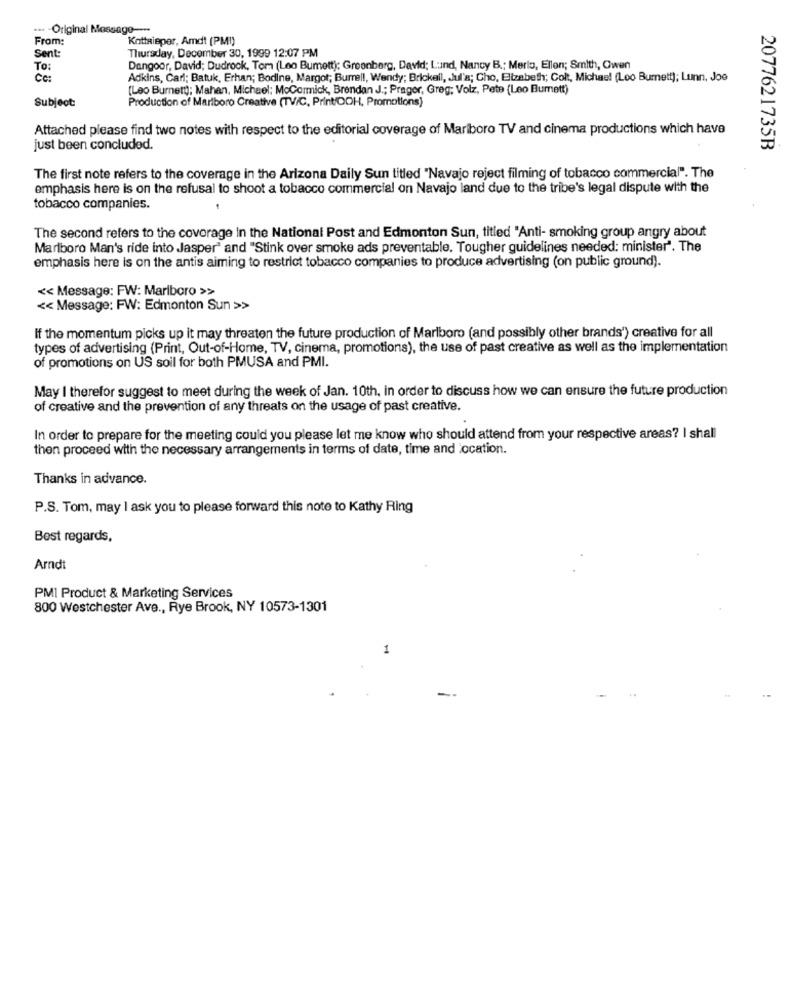
... - Original Message ---
From:
Kottaieper, Amd! (PMI)
Sent:
Thursday, December 30, 1999 12:07 PM
To:
Dangoor, David; Dudrock, Tom (Leo Bumett): Greenberg, David; Lund, Nancy B .; Merlo, Ellen; Smith, Owen
Ce:
Adkins, Carl; Batuk, Erhan; Bodine, Margot; Burrell, Wendy; Brickell, JJul'a; Cho, Elizabeth; Col ., Michael (Loo Burnett); Lunn, Joe
(Leo Burnett); Mahan, Michael: MoCormick, Brendan J .; Prager, Greg; Volz, Pete (Leo Bumett)
Subject:
Production of Marlboro Creative (TV/C, Print/OOH, Promotions)
Attached please find two notes with respect to the editorial coverage of Mariboro TV and cinema productions which have
just been concluded.
2077621735B
The first note refers to the coverage in the Arizona Daily Sun titled "Navajo reject filming of tobacco commercial". The
emphasis here is on the refusal to shoot a tobacco commercial on Navajo land due to the tribe's legal dispute with the
tobacco companies.
The second refers to the coverage in the National Post and Edmonton Sun, titled "Anti- smoking group angry about
Marlboro Man's ride into Jasper" and "Stink over smoke ads preventable. Tougher guidelines needed: minister". The
emphasis here is on the antis aiming to restrict tobacco companies to produce advertising (on public ground).
<< Message: FW: Marlboro >>
<< Message: FW: Edmonton Sun >>
If the momentum picks up it may threaten the future production of Marlboro (and possibly other brands') creative for all
types of advertising (Print, Out-of-Home, TV, cinema, promotions), the use of past creative as well as the implementation
of promotions on US soll for both PMUSA and PMI.
May I therefor suggest to meet during the week of Jan. 10th, in order to discuss how we can ensure the future production
of creative and the prevention of any threats on the usage of past creative.
In order to prepare for the meeting could you please let me know who should attend from your respective areas? I shall
then proceed with the necessary arrangements in terms of date, time and location.
Thanks in advance.
P.S. Tom, may I ask you to please forward this note to Kathy Ring
Best regards,
Arndt
PMI Product & Marketing Services
800 Westchester Ave ., Rye Brook, NY 10573-1301
1